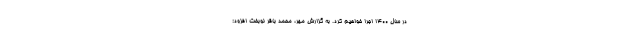
در سال ۱۴۰۰ اجرا خواهیم کرد. به گزارش مهر، محمد باقر نوبخت افزود: